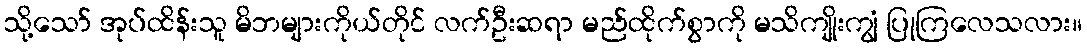
သို့သော် အုပ်ထိန်းသူ မိဘများကိုယ်တိုင် လက်ဦးဆရာ မည်ထိုက်စွာကို မသိကျိုးကျွံ ပြုကြလေသလား။